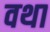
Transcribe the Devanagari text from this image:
वथा